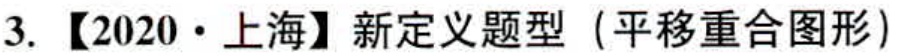
3. 【2020·上海】新定义题型（平移重合图形）